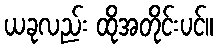
ယခုလည်း ထိုအတိုင်းပင်။